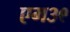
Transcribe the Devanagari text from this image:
एम३९